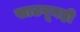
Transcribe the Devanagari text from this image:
साठवूनही